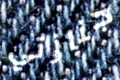
جنازتي